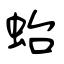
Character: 𧉟